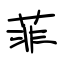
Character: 菲